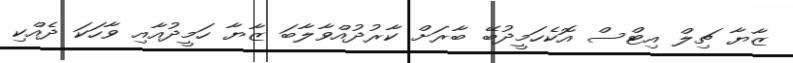
ޒާޔާ ޗިލް އިޓްސް އޮކެެހަމީދުބޭ ބާރަށް ކާރުދުއްވާލާބަ ޒާޔާ ހަމީދުއާއި ވާހަކަ ދެއްކި